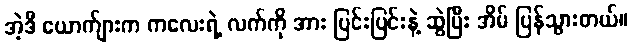
အဲ့ဒီ ယောက်ျားက ကလေးရဲ့ လက်ကို အား ပြင်းပြင်းနဲ့ ဆွဲပြီး အိမ် ပြန်သွားတယ်။